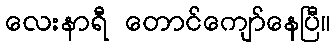
လေးနာရီ တောင်ကျော်နေပြီ။